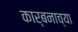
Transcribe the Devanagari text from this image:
कार्बनाच्या